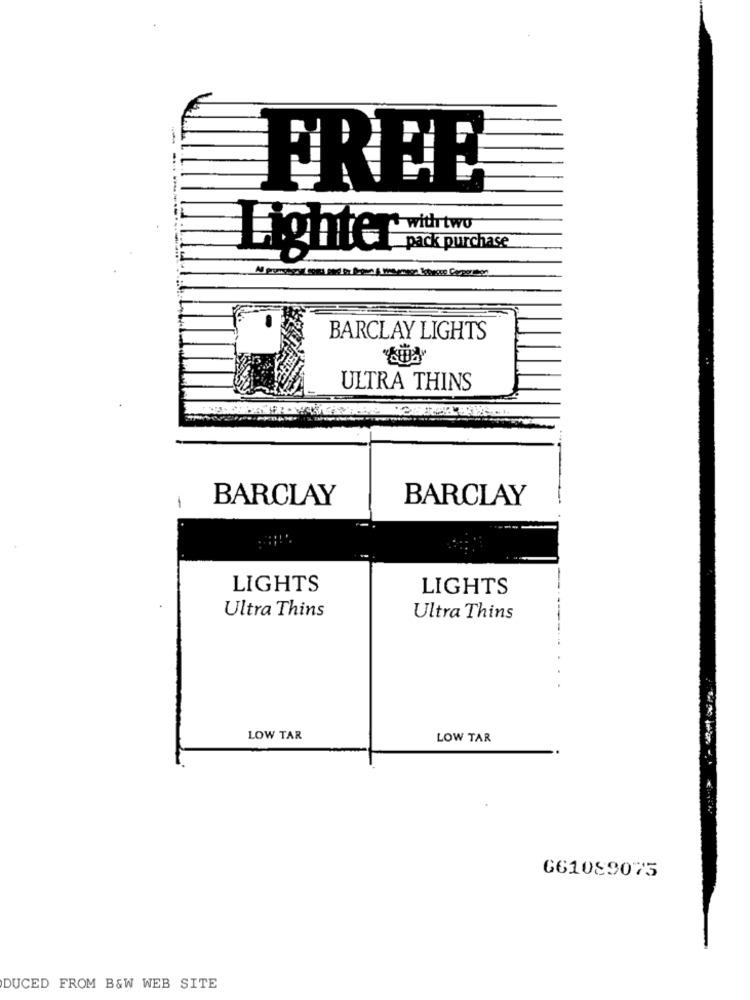
FREE
with two
pack purchase
Lighter
BARCLAY LIGHTS
ULTRA THINS
-
BARCLAY
BARCLAY
LIGHTS
LIGHTS
Ultra Thins
Ultra Thins
LOW TAR
LOW TAR
661089075
DUCED FROM B&W WEB SITE